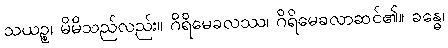
သယဉ္စ၊ မိမိသည်လည်း။ ဂိရိမေခလဿ၊ ဂိရိမေခလာဆင်၏။ ခန္ဓေ၊